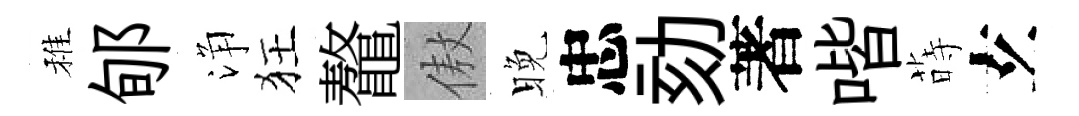
稚郇浄狂鼇傲晚忠劾著喈蒔𤣥